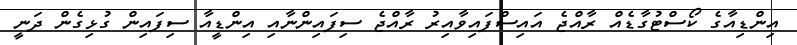
އިންޑިއާގެ ކޯސްޓުގާޑެއް ރާއްޖެ އައިސްފައިވާއިރު ރާއްޖެ ސިފައިންނާއި އިންޑީއާ ސިފައިން ގުޅިގެން ދަނީ